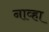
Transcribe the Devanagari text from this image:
नाव्हा